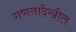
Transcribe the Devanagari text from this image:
गणनादेखील